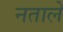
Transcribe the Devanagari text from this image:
नताले